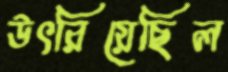
উৎরিয়েছিল